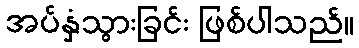
အပ်နှံသွားခြင်း ဖြစ်ပါသည်။